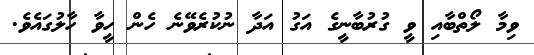
ވިމާ ލޯތްބާއި ވީ ގުރުބާނީގެ އަގު އަދާ ނުކުރެވޭނެ ހެން ހީވާ ހާލުގައެވެ.